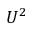
U ^ { 2 }